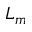
L _ { m }